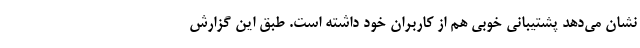
نشان می‌دهد پشتیبانی خوبی هم از کاربران خود داشته است. طبق این گزارش